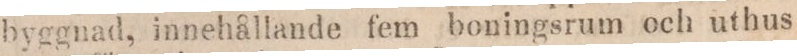
byggnad, innehållande fem boningsrum och uthus